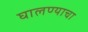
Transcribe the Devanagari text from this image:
घालण्‍याचा